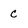
Character: c